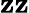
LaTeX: \mathbf{z}\mathbf{z}